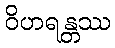
ဝိဟရန္တဿ